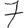
Digit: 7